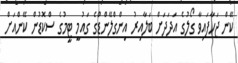
ކޭން ޖަހާފައިވާ ގޯލުގެ އަދަދަށް ބަލާއިރު އިންގްލޭންޑްގެ ގައުމީ ޓީމުގެ ސްކޮޑުން ކޭންއަށް